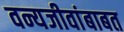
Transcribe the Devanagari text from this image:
वन्यजीवांबाबत